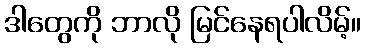
ဒါတွေကို ဘာလို မြင်နေရပါလိမ့်။